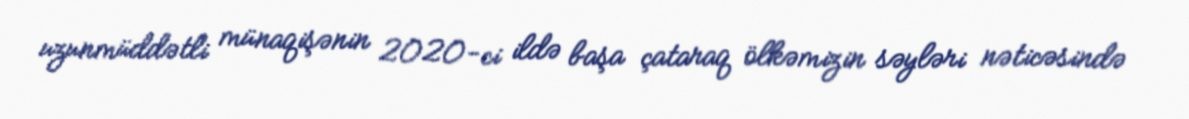
uzunmüddətli münaqişənin 2020-ci ildə başa çataraq ölkəmizin səyləri nəticəsində